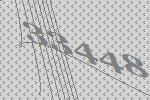
33448